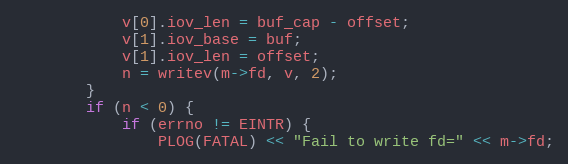
Language: C++
            v[0].iov_len = buf_cap - offset;
            v[1].iov_base = buf;
            v[1].iov_len = offset;
            n = writev(m->fd, v, 2);
        }
        if (n < 0) {
            if (errno != EINTR) {
                PLOG(FATAL) << "Fail to write fd=" << m->fd;